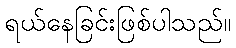
ရယ်နေခြင်းဖြစ်ပါသည်။